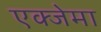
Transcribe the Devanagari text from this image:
एक्जेमा